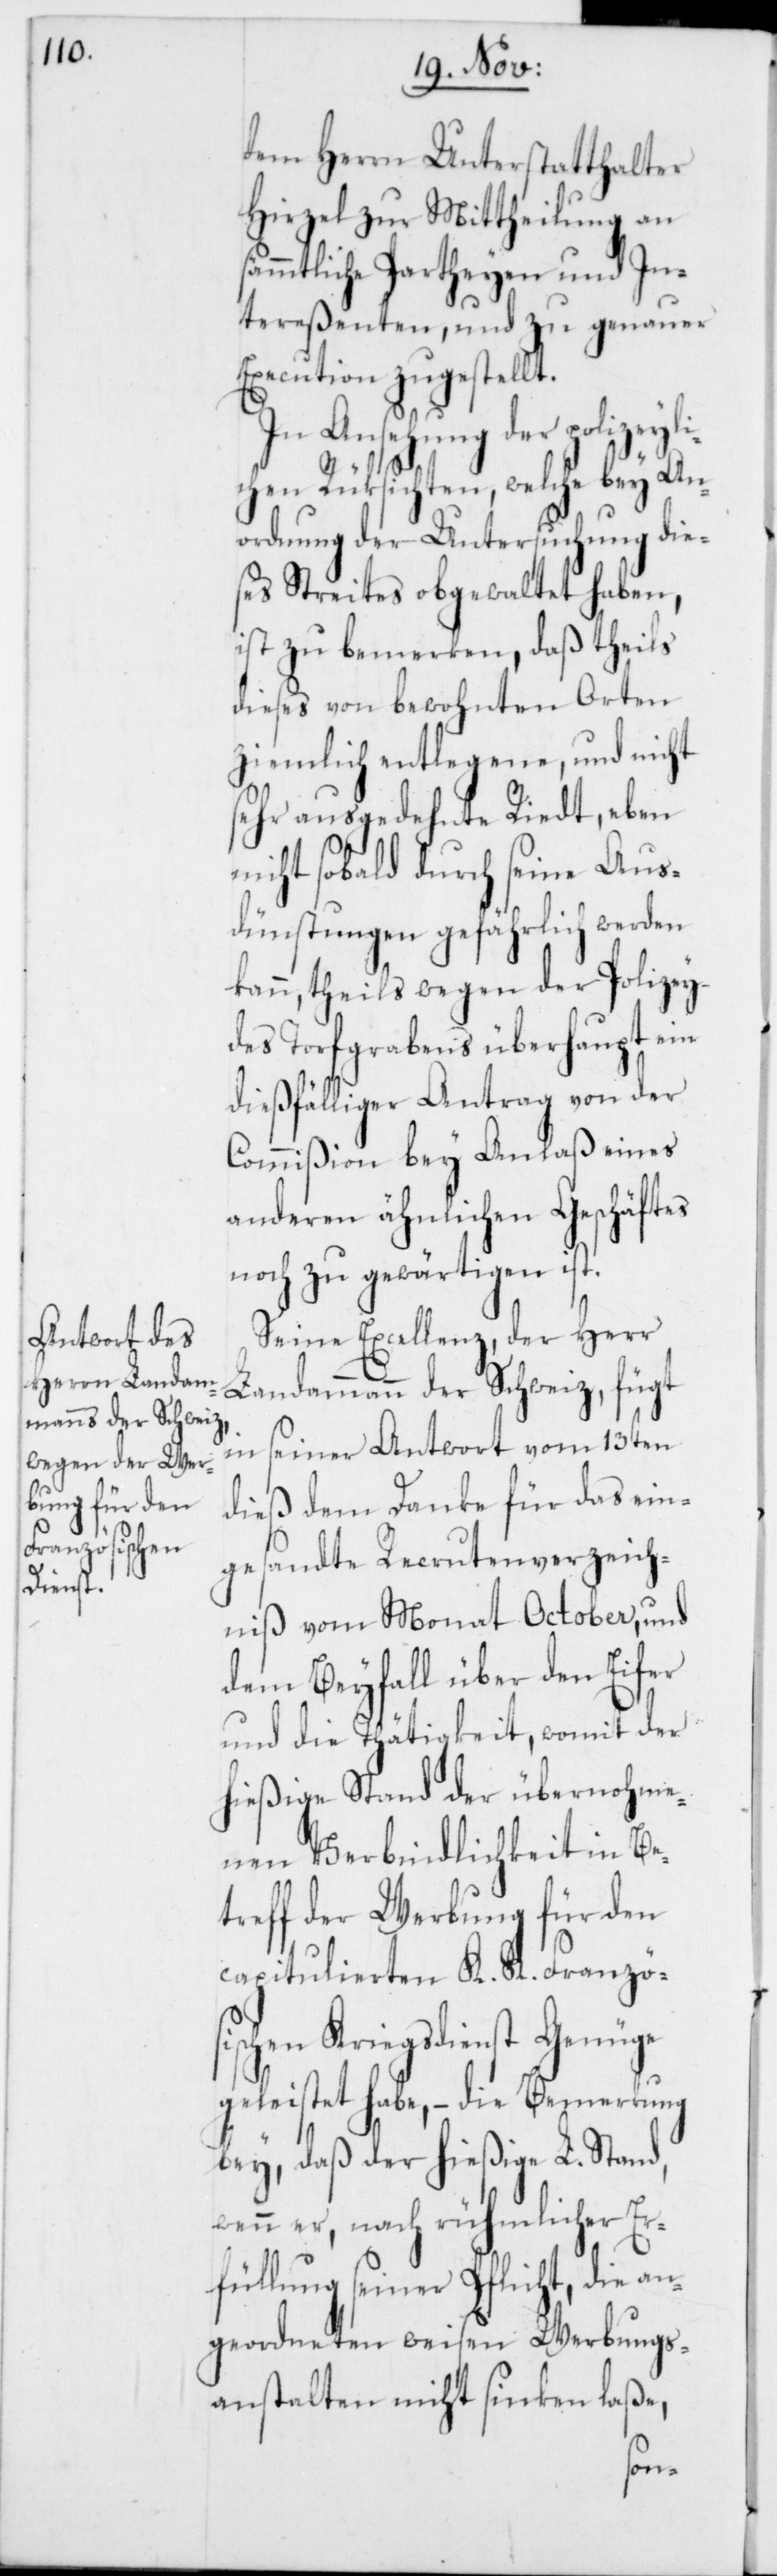
dem Herrn Unterstatthalter
Hirzel zu Mittheilung an
sämmtliche Partheyen und In¬
tereßenten, und zu genauer
Execution zugestellt.
In Ansehung der polizeyli¬
chen Rüksichten, welche bey An¬
ordnung der Untersuchung die¬
ses Streites obgewaltet haben,
ist zu bemerken, daß theils
dieses von bewohnten Orten
ziemlich entlegene, und nicht
sehr ausgedehnte Riedt, eben
nicht sobald durch seine Aus¬
dünstungen gefährlich werden
kann, theils wegen der Polizey
des Torfgrabens überhaupt ein
dießfälliger Antrag von der
Commißion bey Anlaß eines
anderen ähnlichen Geschäftes
noch zu gewärtigen ist.
Seine Excellenz, der Herr
Landammann der Schweiz, fügt
in seiner Antwort vom 13ten
dieß dem Danke für das ein¬
gesandte Recrutenverzeich¬
niß vom Monat October, und
dem Beyfall über den Eifer
und die Thätigkeit, womit der
hießige Stand der übernohme¬
nen Verbindlichkeit in Be¬
treff der Werbung für den
capitulierten K. K. Französ¬
ischen Kriegsdienst Genüge
geleistet habe, – die Bemerkung
bey, daß der hießige L. Stand,
wenn er, nach rühmlicher Er¬
füllung seiner Pflicht, die an¬
geordneten weisen Werbungs¬
anstalten nicht sinken laße,